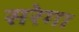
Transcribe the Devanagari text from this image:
सरेगा